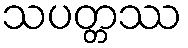
သပတ္တဿ